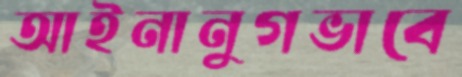
আইনানুগভাবে